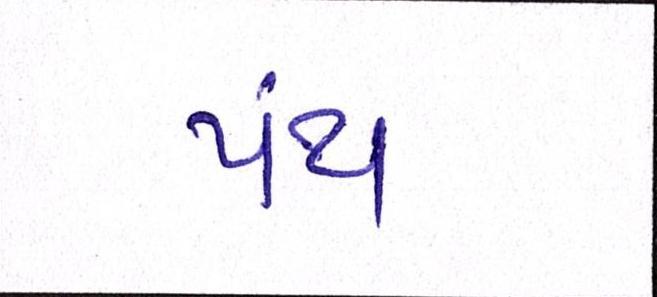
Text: પંથ